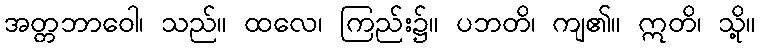
အတ္တဘာဝေါ၊ သည်။ ထလေ၊ ကြည်း၌။ ပဘတိ၊ ကျ၏။ ဣတိ၊ သို့။